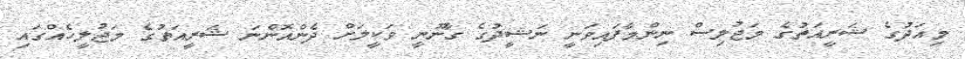
މިއަދުގެ ޝަރީއަތުގެ މަޖުލިސް ނިންމާފައިވަނީ ނަޝީދުގެ ގާނޫނީ ވަކީލަށް ދެންއޮންނަ ޝަރީއަތުގެ މަޖުލީހެއްގައި